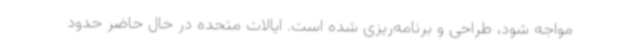
مواجه شود، طراحی و برنامه‌ریزی شده است. ایالات متحده در حال حاضر حدود